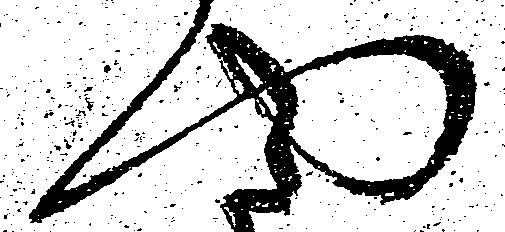
や